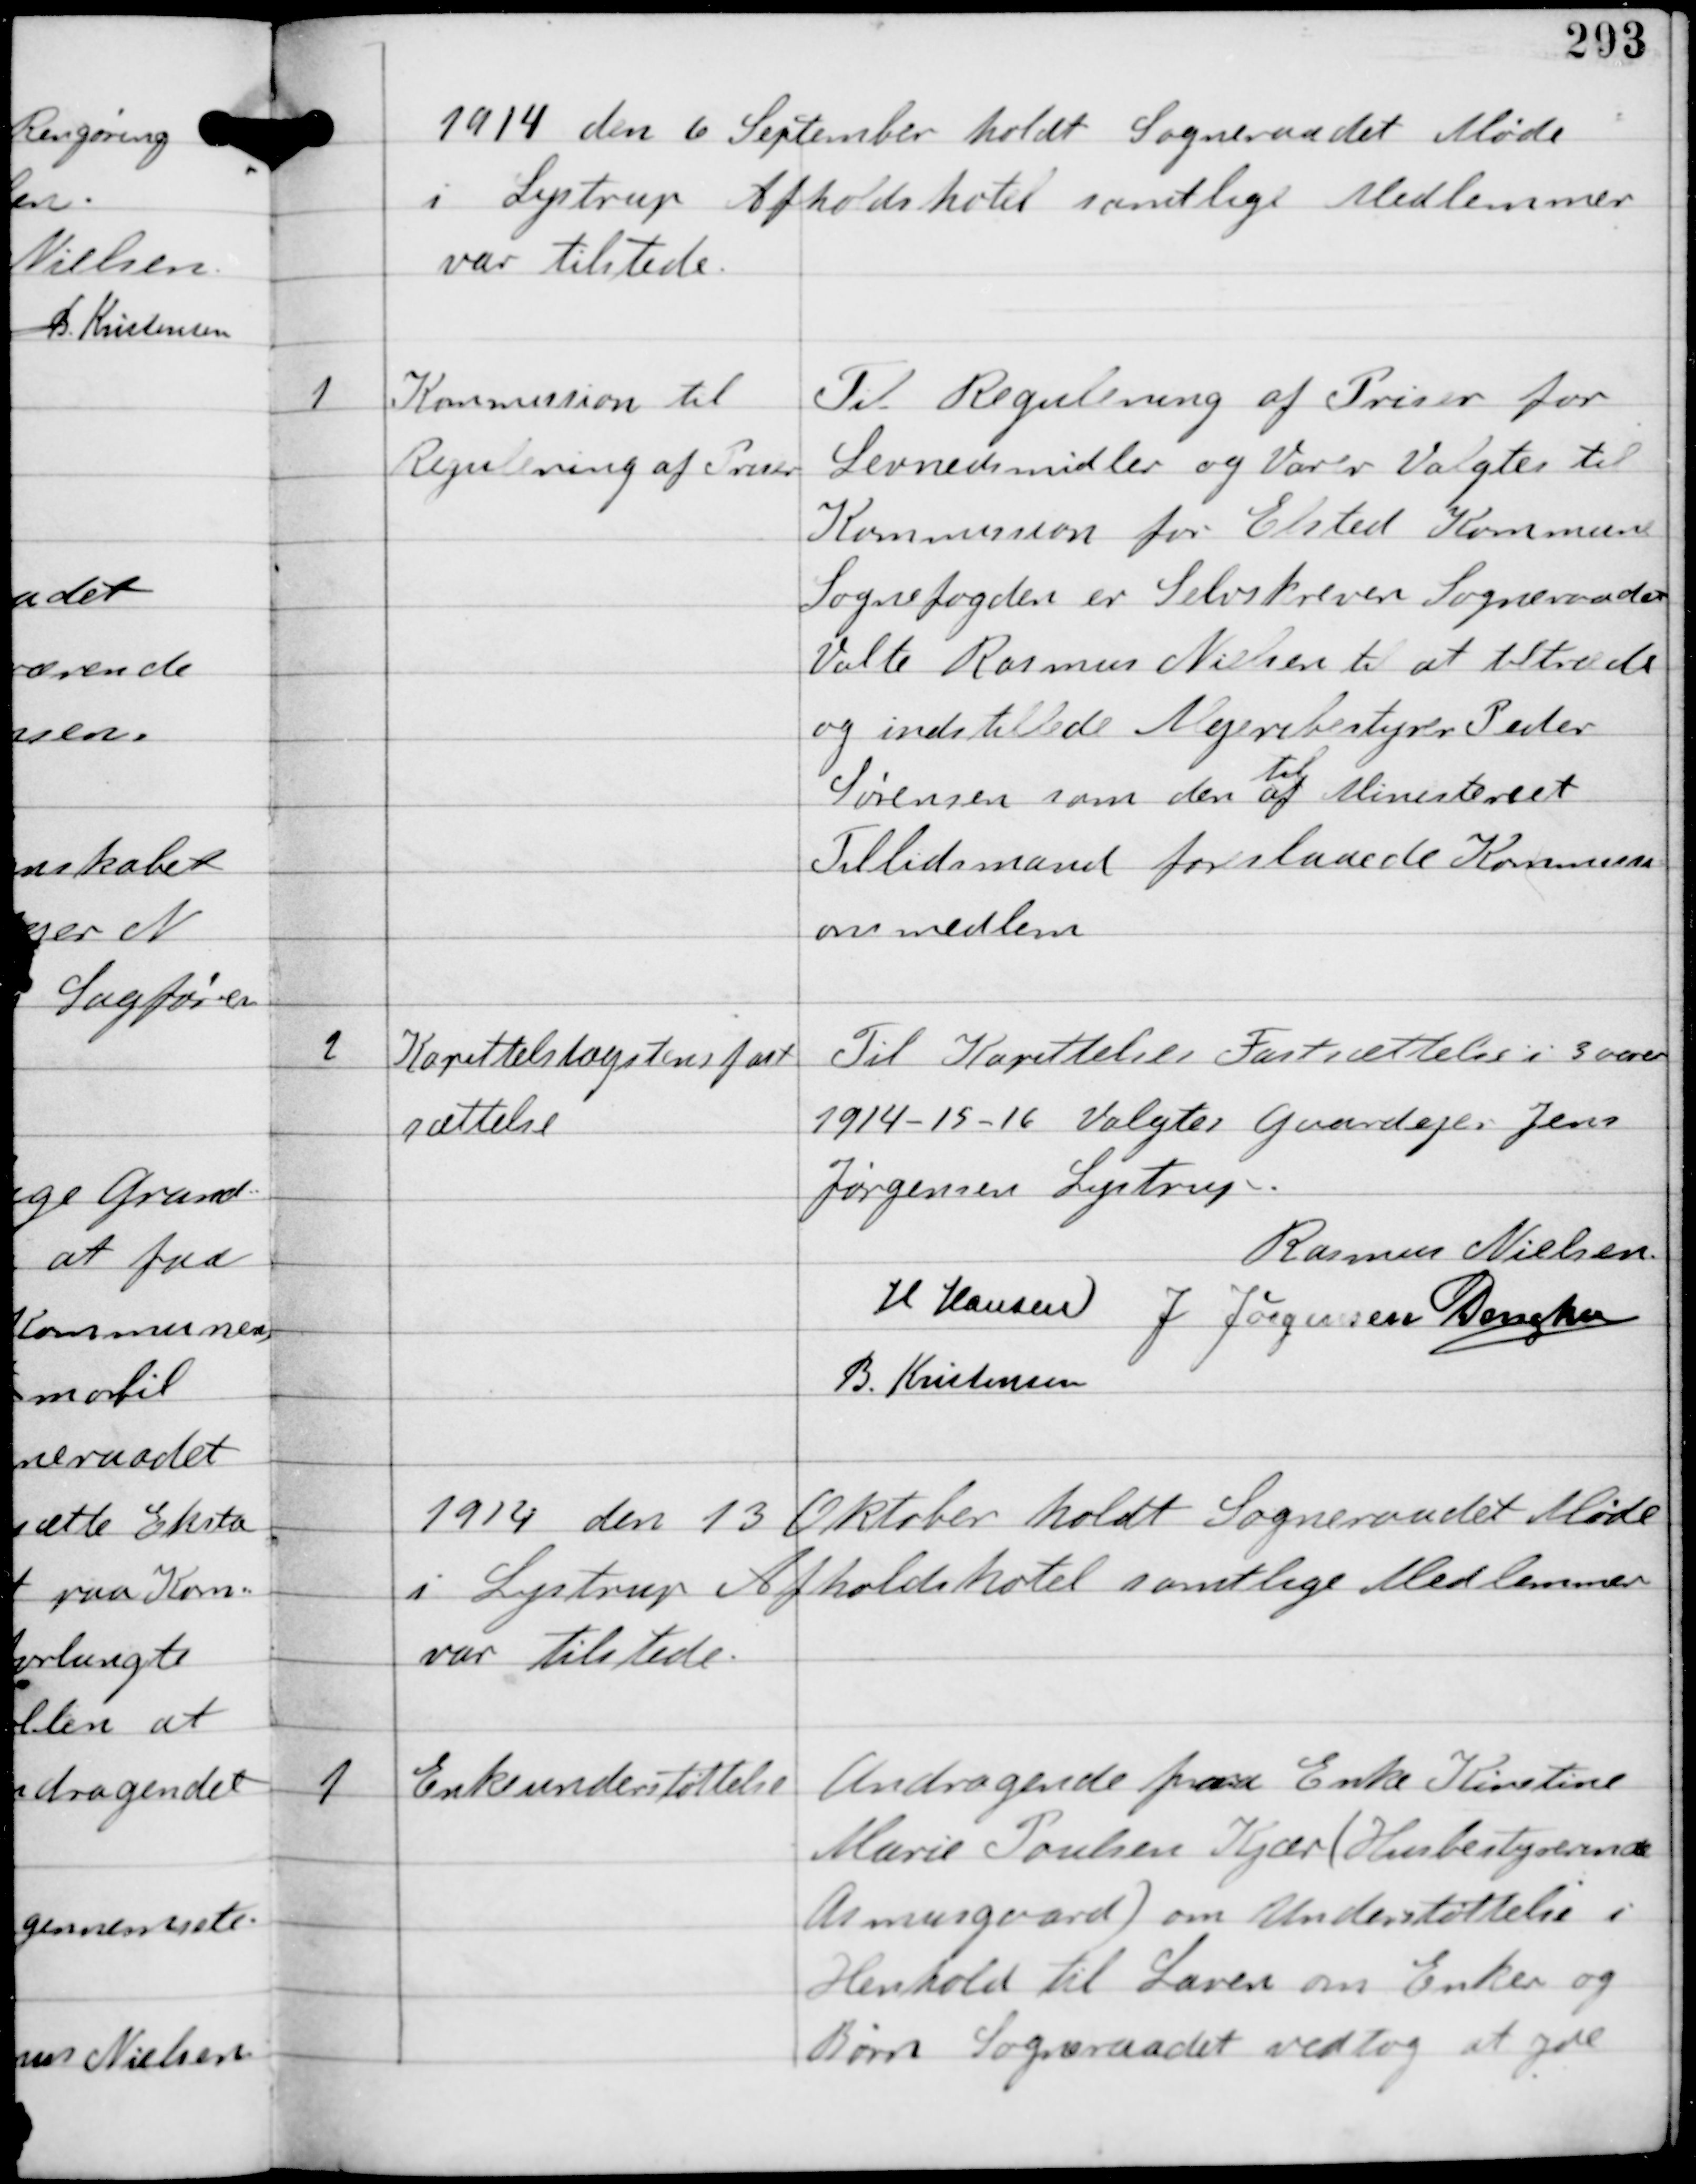
Transskription:
1914 den 6 September holdt Sogneraadet Møde
i Lystrup Afholdshotel samtlige Medlemmer
var tilstede

1

Kommission til
Regulering af Priser

Til Regulering af Priser for
Levnedsmidler og Varer Valgtes til
Kommission for Elsted Kommune
Sognefogden er Selvskreven Sogneraadet
Valte Rasmus Nielsen til at tiltræde
og indstillede Mejeribestyrer Peder
Sørensen som den
til
af Ministeriet 
Tillidsmand foreslaaede Kommissi-
onsmedlem

2

Kapettelslægstens fast
sættelse

Til Kapettelier Fastsættelse i 3 aarer
1914-15-16 Valgtes Gaardejer Jens
Jørgensen Lystrup.

Rasmus Nielsen
H Hansen J Jørgensen C Dencker
B. Kristensen

1914 den 13 Oktober holdt Sogneraadet Møde
i Lystrup Afholdshotel samtlige Medlemmer
var tilstede.

1

Enkeunderstøttelse

Andragende fra Enke Kirstine
Marie Poulsen Kjær (Husbestyrerinde
Asmusgaard) om Understøttelse i
Henhold til Loven om Enker og
Børn Sogneraadet vedtog at yde